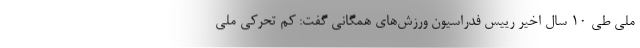
ملی طی 10 سال اخیر رییس فدراسیون ورزش‌های همگانی گفت: کم تحرکی ملی